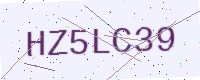
Text: HZ5LC39